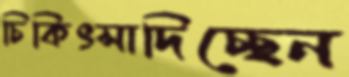
চিকিৎসাদিচ্ছেন